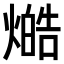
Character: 𤏔